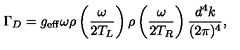
\Gamma _ { D } = g _ { \mathrm { e f f } } \omega \rho \left( \frac { \omega } { 2 T _ { L } } \right) \rho \left( \frac { \omega } { 2 T _ { R } } \right) \frac { d ^ { 4 } k } { ( 2 \pi ) ^ { 4 } } ,